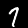
Label: 7